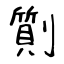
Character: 劕